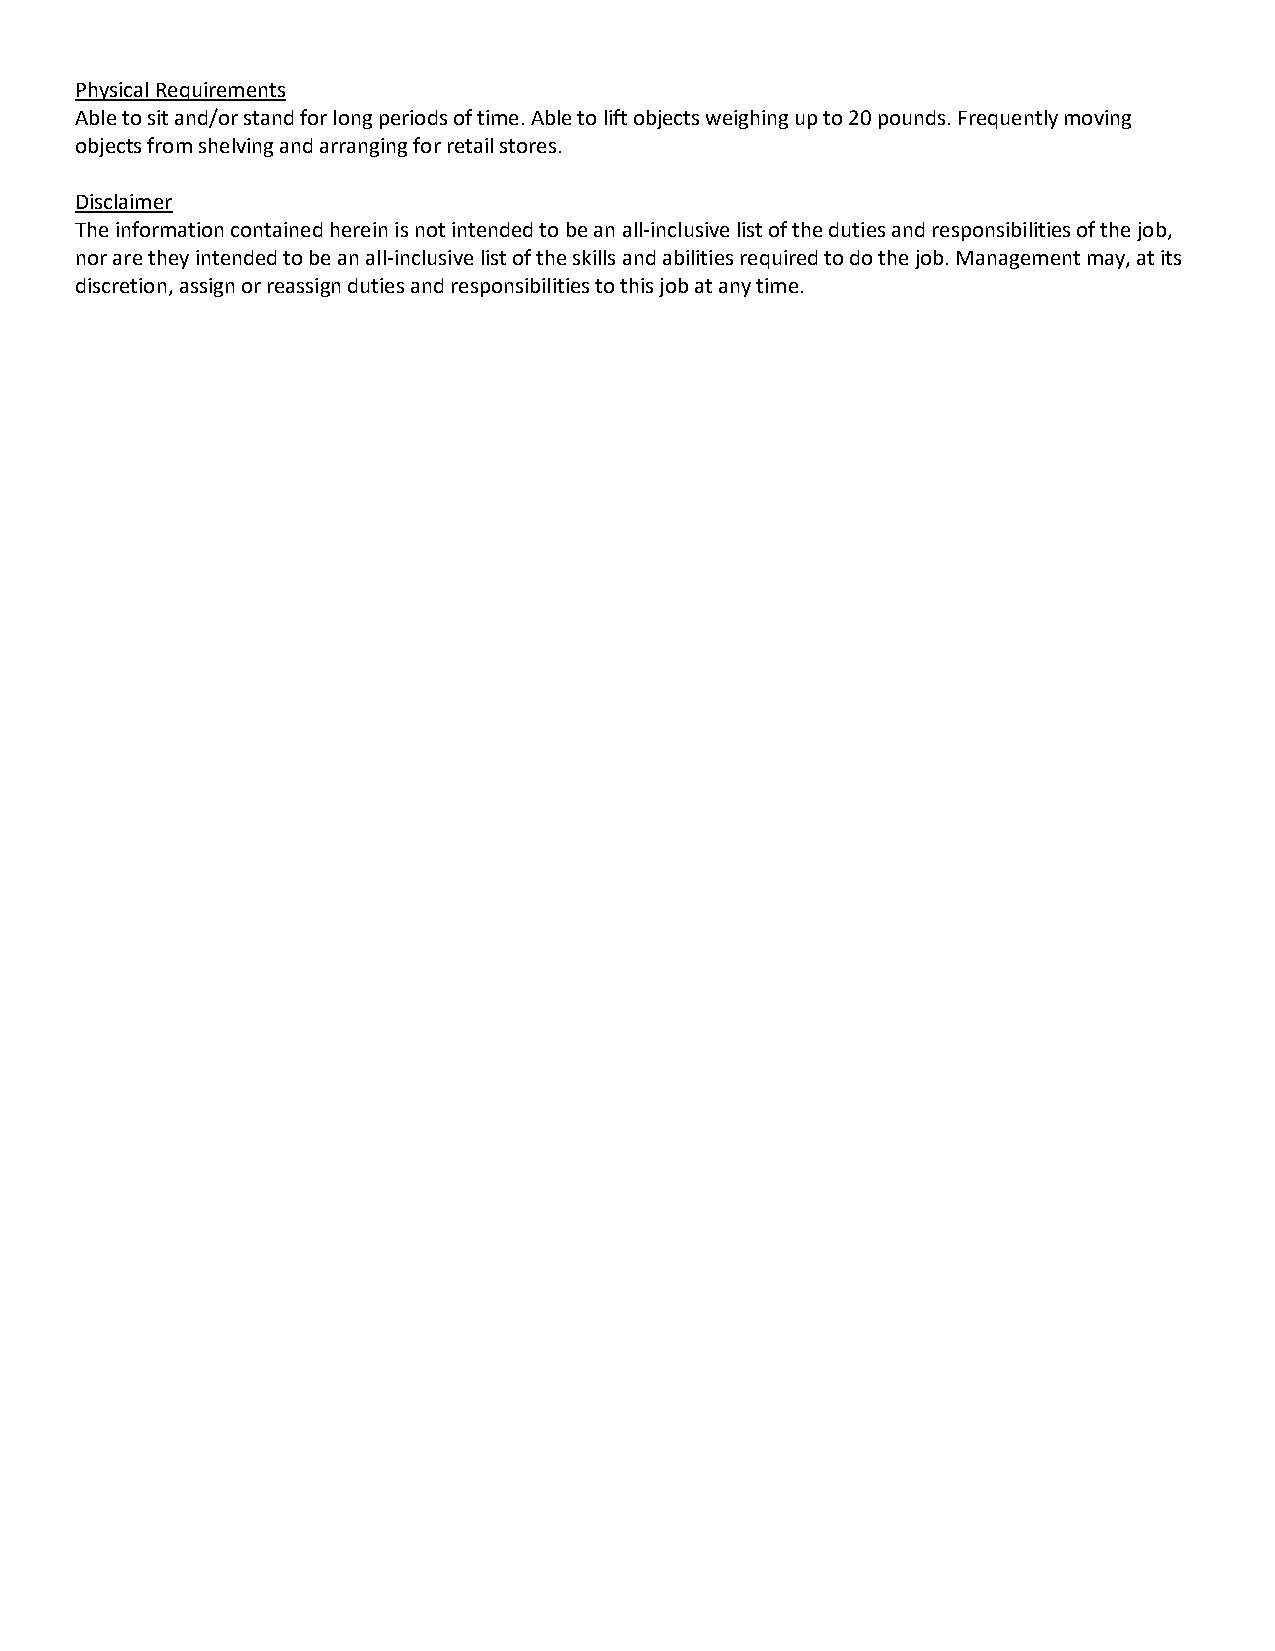
Physical Requirements
 Able to sit and/or stand for long periods of time. Able to lift objects weighing up to 20 pounds. Frequently moving
 objects from shelving and arranging for retail stores.
 Disclaimer
 The information contained herein is not intended to be an all-inclusive list of the duties and responsibilities of the job,
 nor are they intended to be an all-inclusive list of the skills and abilities required to do the job. Management may, at its
 discretion, assign or reassign duties and responsibilities to this job at any time.